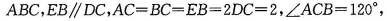
ABC，EB\parallel DC，$$A C = B C = E B = 2 D C = 2$$，$$∠ A C B = 1 2 0 °$$，